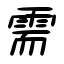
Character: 需